Vital statistics of India. Vol. V, Reports of 1876 on armies & jails and on epidemic cholera
Year: 1876
Disease focus: Cholera
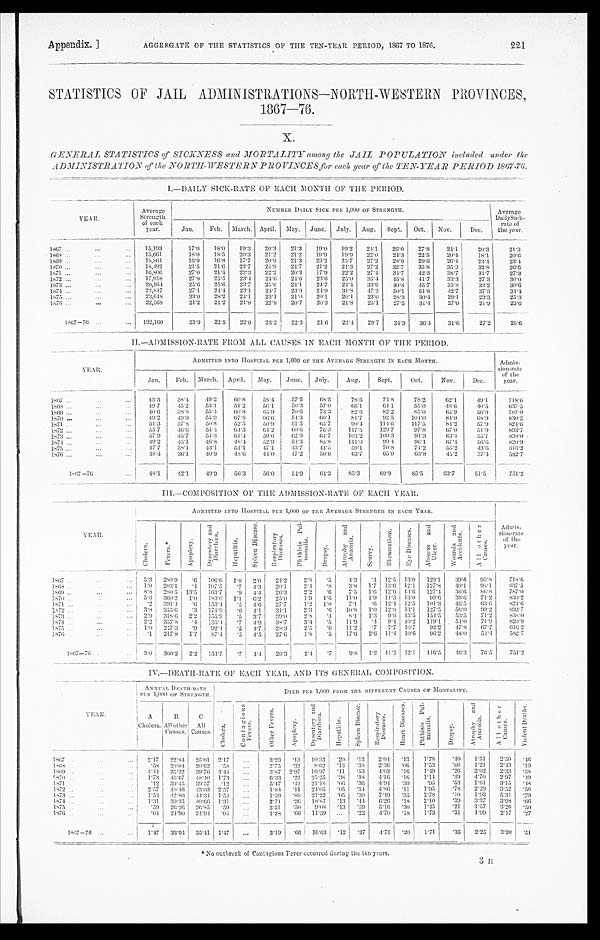
Appendix. ]
AGGREGATE OF THE STATISTICS OF THE TEN-YEAR PERIOD, 1867 TO 1876.
221
STATISTICS OF JAIL ADMINISTRATIONS—NORTH-WESTERN PROVINCES,
1867—76.
GENERAL STATISTICS of SICKNESS and MORTALITY among the JAIL POPULATION included under the
ADMINISTRATION of the NORTH- WESTERN
PROVINCES for each year of the TEN- YEA R PERIOD 1867-76.
1— DAILY SICK-RATE OF EACH MONTH OF THE PERIOD.
YEAR.
Average
Strength
of each
year.
NUMBER DAILY SICK PER 1,000 OF STRENGTH.
Average
DailySick-
rate of
the year.
Jan. I eb. March . April . May.
June.
July.
Aug.
Sept.
Oct.
Nov.
Dec.
1867
...
...
...
15,193
17.0
18.0
19.3
20.3
21.3
19.0
19.2
24.1
26.0
27.8
24.1
20.3
21.3
1868 ...
...
...
15,661
18.0
18.5
20.3
21.2
21.2
1 9 . 9
19.9
22.0
24.3
22.5
20.4
18.1
20.6
1869 ...
... ...
18,861
1 6 . 9
16.8
17.7
20.9
21.3
23.2
25.7
27.2
28.9
29.6
26.4
23.4
23.4
1870 ...
... ...
18,492
21.5
21.6
22.7
24.9
24.7
21.2
21.3
27.2
32.7
35.8
35.3
32.8
26.6
1871
... ... ...
16,806
27.0
21.4
22.3
22.2
20.3
1 7 . 9
22.2
27.4
3 4 . 7
42.3
38.7
31.7
27.3
1872 ...
... ...
17,918
27.8
25.5
23.4
24.6
24.6
23.6
25.0
3 5 . 4
4 5 . 8
41.7
33.3
27.3
3 0 . 0
1873 ...
... ...
20,164
25.6
25.6
23.7
25.6
24.1
24.7
24.4
33.9
40.8
45.7
35.8
33.2
3 0 . 6
1874 ..
...
...
22,847
27.1
24.4
23.1
24.7
23.9
24.9
31.8
47.3
50.1
51.8
42.7
37.3
34.4
1875....
... ...
23,648
33.0
28.2
24.1
23.1
21.0
20.1
20.1
23.0
28.3
30.4
29.1
23.3
25.3
1876 ...
...
...
22,568
21.2
21.2
21.8
22.8
20.7
20.3
21.8
25.1
27.5
31.4
27.0
21.9
23.6
1867—76
...
...
192,160
23.9
22.5
22.0
23.2
22.3
21.6
23.4
29.7
34.3
36.4
31.6
27.2
2 6 . 6
II. — ADMISSION-RATE FROM ALL CAUSES IN EACH MONTH OF TILE PERIOD.
YEAR.
ADMITTED INTO HOSPITAL PER 1,000 OF THE AVERAGE STRENGTH IN EACH MONTH.
Admi ssi on- r at e of t he year .
Jan.
Feb.
March.
April.
May.
June.
July.
Aug.
Sept.
Oct.
Nov.
Dec.
1867 ...
...
...
43.3
38.4
49.2
60.8
58.4
57.5
6 8 . 5
78.6
74.8
78.2
62.1
49.1
718.6
1868
... ... ...
4 9 . 7
45.2
53.1
51.2
56.1
50.3
57.0
66.1
64.1
55.0
48.6
40.5
637.5
1869 ...
... ...
4 0 . 6
3 8 . 8
55.4
60.8
65.9
7 0 . 6
73.3
82-6
82.2
85.0
65.9
56.0
787.0
1870 ...
... ...
49.2
49.9
55.9
67.8
6 6 . 6
54.3
6 0 . 1
81.7
92.5
104.0
84.0
68.9
830.2
1871
... ... ...
51.3
37.8
50.8
52.5
50.9
51.5
6 5 . 7
90.4
114.6
117.5
84.2
57.9
824.6
1872
...
... ...
55.7
46.6
54.4
64.3
64.2
60.6
76.3
117.5
129.7
97.8
67.0
51.9
893.7
...
1873
...
...
57.9
45.7
54.3
61.4
5 9 . 6
62.9
6 4 . 7
103.2
109.3
91.3
6 3 . 4
55.7
838.0
1874
... ... ...
4 9 . 2
4 5 . 1
46.8
48.4
52.9
54.3
85.8
111.0
9 9 . 4
9 6 . 1
67.4
56.6
820.9
1875 ..
...
...
47.7
38.1
43.1
51.1
47.1
43.7
44.5
59.1
70.8
71.2
55.2
43.6
6 1 6 . 2
1876 ..
... ...
38.4
36.1
4 0 . 9
48.6
4 4 . 0
47.2
50.6
63.7
65.0
63.8
45.2
37.4
582.7
1 8 6 7 — 7 6
...
48.1
42.1
49.9
563
56.0
54.9
64. 3
85.3
89.9
85.5
63.7
51.5
751.2
III. — COMPOSITION OF THE ADMISSION-RATE OF EACH YEAR.
YEAR.
ADMITTED INTO HOSPITAL PER 1,000 OF THE AVERAGE STRENGTH IN EACH YEAR.
Admi ssi on- r at e of t he year .
C h o l e r a .
Fever s.
A p o p l e x y .
D y s e n t e r y a n d D i a r r h œ a .
Hepat i t i s .
S p l e e n D i s e a s e .
R e s p i r a t o r y D i s e a s e s .
P t h i s i s P u l m o n a l i s .
Dr opsy.
A t r o p h y a n d A n æ m i a .
S c u r v y .
R h e u ma t i s m.
E y e D i s e a s e s .
A b s c e s s a n d U l c e r .
Wounds and Acci dent s. A l l o t h e r C a u s e s .
1867 ..
... ...
5 . 3
280.9
.6
106.6 1.0
2.0
24.2
2.8
.5
4 . 3
.4 12.5 13.0
129.1
39.6
95.8
718.6
1868
... ...
...
1.0
203.1
.4
107.5
.7
4.3
20.1
2.4
. 8
3.8
1.7
1 3 . 6 12.1
127.8
4 0 . 1
9 8 . 1
637.5
1869 ...
...
...
8 . 8 280.5 13.5
163.7
. 9 4.4
26.3
2.2
. 6
7.5
1 . 6 12.6 13.6
127.4
3 6 . 6
86.8
787.0
1870 ... ...
...
5.6 360.2
1.0 183.0
1.1
6 . 2
25.0
1.9
1 . 6
11.0
1 . 9 11.3 13.0
9 9 . 6
36.6
71.2
830.2
1871 ...
... ...
.2
391.4
.6
153.4
.5
4.6
27.7
1.2
1 . 0
7.1
. 6
12.4 12.5
101.3
46.5
63.6
824.6
1872
...
...
...
3.8
355.6
.3
174.9
. 6 4.1
31.1
2.3
.6
10.8
1.0 12.8 13.1
127.5
56.0
99.2
893.7
1873 ...
...
...
2.9
318.6
2.2
1 5 5 . 9
.5
3.7
39.0
2 . 8
.4
8 . 1
1 . 3
9.9
1 3 . 5
154.5
53.5
71.2
8 3 8 . 0
1874 ...
... ...
2.2
357.8
.4
135.4
.7
4.9
38.7
3.4
.5
11.9
. 4 9.4 10.2
119.1
54.0
7 1 . 9
820.9
1875 ...
... ...
1.0
247.3
.9
92.4
.5
4.7
28.3
2 . 5
. 6
11.2
.7
7.7 10.7
92.2
47.8
67.7
616.2
1876 ...
...
...
.1
217.8
1.7
87.4
.5
4.5
27.6
1.8
.5
17.6 2.6 11.4 10.6
96.2
48.0
54.4
582.7
1867—76 ...
...
3.0 300.2
2.2
134.7
.7
4.4
29.3
2.4
.7
9.8
1.2 11.2 12.1
116.5
46.3
76.5
751.2
IV.— DEATH-RATE OF EACH YEAR, AND ITS GENERAL COM POSITION.
YEAR.
ANNUAL DEATH-RATE PER 1,000 OF STRENGTH.
PER 1,000 or STR ENGTH.
DIED PER 1,000 FROM THE DIFFERENT CAUSES OF MORTALITY.
A C h o l e r a .
B A l l o t h e r C a u s e s .
C
All
Causes. Chol er a.
Cont agi ous Fever s.
Ot h e r F e v e r s .
Apopl ex y .
D y s e n t e r y a n d D i a r r h œ a .
H e p a t i t i D i s e a s e a s . S p l e e n D i e a s e .
Re s p i r a t o r y Di s e a s e s .
H e a r t D i s e a s e s .
P h t h i s i s P u l m o n a l i s .
D r o p s y .
A t r o p h y a n d A n æ m i a .
A l l o t h e r C a u s e s .
V i o l e n t De a t h s .
1867 ... ...
...
2.17
22.84 25.01 2.17
...
3.23
.13 10.33
.20
.13
2.04
. 1 3
1.78
.40
1.51
2.50
. 4 6
1868
... ... ...
.58
20.04 20.62
.58
...
2.75
.32
8.62
.13
.38
2 . 3 6
. 0 6
1.53
. 0 6
1.21
2.43
. 1 9
1869 ...
...
...
4.44
35.32
39.76
4 . 4 4
...
3 . 8 7 2.97
16.97
.11
.53
4 . 0 3
. 1 6
1.49
.26
2.02
2.33
.58
1870 ...
...
...
1.73
46.67
48.40
1 . 7 3
...
6 . 3 3
.22 25.25
.38
. 3 8
4.16
. 1 6
1 . 1 4
.49
4 . 7 0
2.97
.49
1871 ..
... ...
.12
39.45
39.57
.12
. . .
5.47
.42 21.18
.06
.36
4 . 9 4
. 3 0
. 9 5
.53
1 . 6 1
3.15
. 4 8
1872
... ... ...
2.57
40.46
4 3 . 0 3
2.57
...
1.84
.11 24.05
.05
.34
4.86
. 1 1
1.95
.78
2.29
.3.2
. 5 6
1873 ...
... ...
1.54
42.80
4 4 . 3 4 1.54
. . .
1 . 5 9
.89 21.22
.05
.30
7.49
3 . 5
2.78
.10
1.93
5.31
. 7 9
1874 ...
... ...
1.31
39.35
40.66 1.31
. . .
2.71
.26 18.87
.13
. 4 4
6.26
. 1 8
2.10
.39
3.37
3.98
. 6 6
1875 ..
... ...
.59
26.26 26.85
.59
...
3.51
.50
9 . 0 8
.13
.59
5.16
. 3 0
1.45
.21
1.57
3.26 .50
1876 ...
... ...
.04
24.90 24.94
.04
. . .
1.28
.66 11.39
...
.22
4.70
. 1 8
1.73
.31
1.99
2.17
. 2 7
1867—76 ...
...
1.47
33.01
35.41 1.47
...
3.19
.66 16.63
.12 . 37
4.75
. 2 0
1.71
.35
2.25
3.20
.51
‫٭‬
N o o u t b r e a k
o f C o n t a g i o u s F e v e r o c c u r r e d d u r i n g t h e
t e n y e a r s .